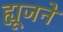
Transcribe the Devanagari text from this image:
ह्यूजने